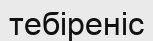
тебіреніс